Civil Veterinary Dept. Assam report 1927-50 - 1927-1950
Year: 1927
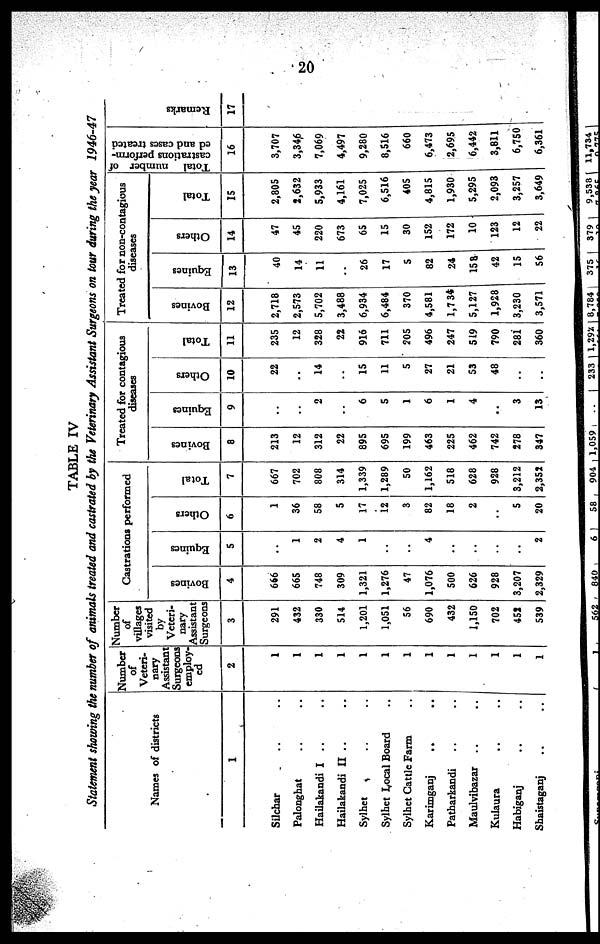
20
TABLE IV
Statement showing the number of animals treated and castrated by the Veterinary Assistant Surgeons on tour during the year
1946-47
Names of districts
1
Silchar .. ..
Palonghat .. ..
Hailakandi I .. ..
Hailakandi II .. ..
Sylhet .. ..
Sylhet Local Board ..
Sylhet Cattle Farm ..
Karimganj .. ..
Patharkandi .. ..
Maulvibazar .. ..
Kulaura .. ..
Habiganj .. ..
Shaistaganj .. ..
Number
of
Veteri-
nary
Assistant
Surgeons
employ-
ed
2
1
1
1
1
1
1
1
1
1
1
1
1
1
Number
of
villages
visited
by
Veteri-
nary
Assistant
Surgeons
3
291
432
330
514
1,201
1,051
56
690
432
1,150
702
451
539
Castrations performed
Bovines
4
666
665
748
309
1,321
1,276
47
1,076
500
626
928
3,207
2,329
Equines
5
..
1
2
4
1
..
..
4
..
..
..
..
2
Others
6
1
36
58
5
17
12
3
82
18
2
..
5
20
Total
7
667
702
808
314
1,339
1,289
50
1,162
518
628
928
3,212
2,352
Treated for contagious
diseases
Bovines
8
213
12
312
22
895
695
199
463
225
462
742
278
347
Equines
9
..
..
2
..
6
5
1
6
1
4
..
3
13
Others
10
22
..
14
..
15
11
5
27
21
53
48
..
..
Total
11
235
12
328
22
916
711
205
496
247
519
790
281
360
Treated for non-contagious
diseases
Bovines
12
2,718
2,573
5,702
3,488
6,934
6,484
370
4,581
1,7 34
5,127
1,928
3,230
3,571
Equines
13
40
14
11
..
26
17
5
82
24
158
42
15
56
Others
14
47
45
220
673
65
15
30
152
172
10
123
12
22
Total
15
2,805
2,632
5,933
4,161
7,025
6,516
405
4,815
1,930
5,295
2,093
3,257
3,649
Total number of
castrations perform-
ed and cases treated
16
3,707
3,346
7,069
4,497
9,280
8,516
660
6,473
2,695
6,442
3,811
6,750
6,361
Remarks
17